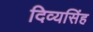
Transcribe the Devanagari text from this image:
दिव्यसिंह